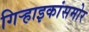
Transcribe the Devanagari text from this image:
गिऱ्हाइकांसमोर